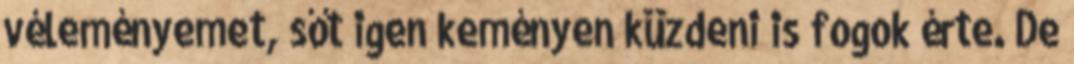
véleményemet, sőt igen keményen küzdeni is fogok érte. De